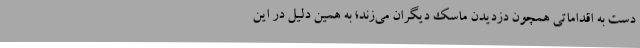
دست به اقداماتی همچون دزدیدن ماسک دیگران می‌زند؛ به همین دلیل در این